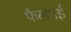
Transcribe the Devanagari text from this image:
फैलगई